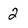
Character: 2